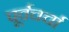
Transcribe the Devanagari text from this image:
पूर्वचर्चा